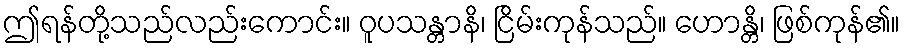
ဤရန်တို့သည်လည်းကောင်း။ ဝူပသန္တာနိ၊ ငြိမ်းကုန်သည်။ ဟောန္တိ၊ ဖြစ်ကုန်၏။